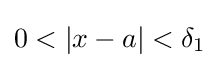
0<\left|x-a\right|<\delta _{1}